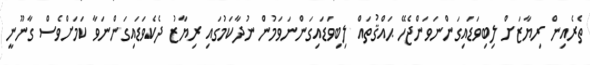
ތެރެއިން ރިޔާޒަށް ލިބިވަޑައިގަންނަވަންޖެހޭ ޙައްޤުތައް ލިބިވަޑައިގަންނަވަމުން ނުދާކަމުގައި ރިޔާޒު ދެކެވަޑައިގަންނަވާ ކަމަށްވެސް ގާނޫނީ